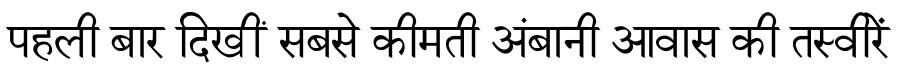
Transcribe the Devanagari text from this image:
पहली बार दिखीं सबसे कीमती अंबानी आवास की तस्वीरें